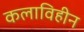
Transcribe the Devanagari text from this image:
कलाविहीन